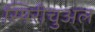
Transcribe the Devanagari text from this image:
स्पिरीचुअल